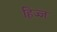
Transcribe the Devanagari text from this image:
हिज्ज